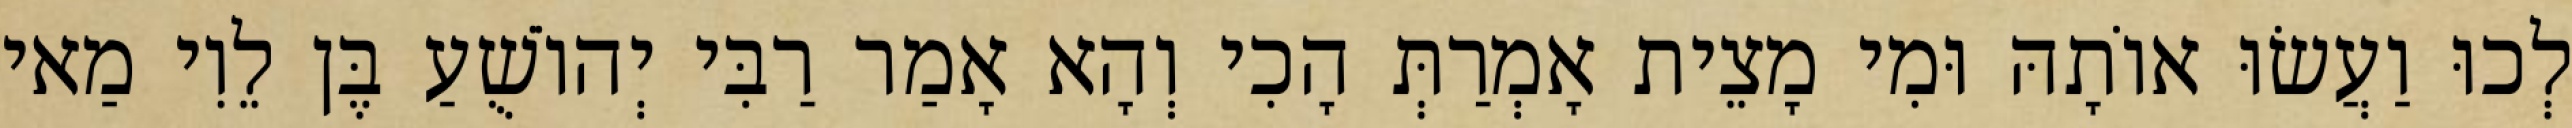
לְכוּ וַעֲשׂוּ אוֹתָהּ וּמִי מָצֵית אָמְרַתְּ הָכִי וְהָא אָמַר רַבִּי יְהוֹשֻׁעַ בֶּן לֵוִי מַאי